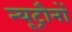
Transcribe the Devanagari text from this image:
न्यूट्रौनों